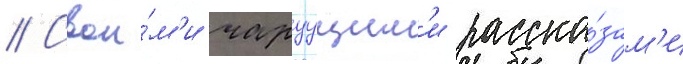
// Свои́м'и чаруущим'и расска́зам'и